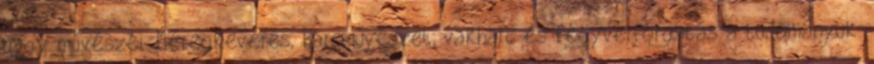
nagy művészei. Méregkeverés, harcművészet, vakharc és fegyverforgatás a tudományuk.